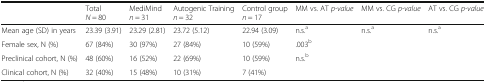
<table><thead><tr><td></td><td><b>Total <i>N</i> = 80</b></td><td><b>MediMind <i>n</i> = 31</b></td><td><b>Autogenic Training <i>n</i> = 32</b></td><td><b>Control group <i>n</i> = 17</b></td><td><b>MM vs. AT <i>p-value</i></b></td><td><b>MM vs. CG <i>p-value</i></b></td><td><b>AT vs. CG <i>p-value</i></b></td></tr></thead><tbody><tr><td>Mean age (SD) in years</td><td>23.39 (3.91)</td><td>23.29 (2.81)</td><td>23.72 (5.12)</td><td>22.94 (3.09)</td><td>n.s.<sup>a</sup></td><td>n.s.<sup>a</sup></td><td>n.s.<sup>a</sup></td></tr><tr><td>Female sex, N (%)</td><td>67 (84%)</td><td>30 (97%)</td><td>27 (84%)</td><td>10 (59%)</td><td colspan="3">.003<sup>b</sup></td></tr><tr><td>Preclinical cohort, N (%)</td><td>48 (60%)</td><td>16 (52%)</td><td>22 (69%)</td><td>10 (59%)</td><td rowspan="2" colspan="3">n.s.<sup>b</sup></td></tr><tr><td>Clinical cohort, N (%)</td><td>32 (40%)</td><td>15 (48%)</td><td>10 (31%)</td><td>7 (41%)</td></tr></tbody></table>